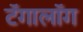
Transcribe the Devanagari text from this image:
टॅगालॉग